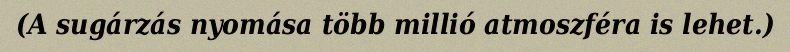
(A sugárzás nyomása több millió atmoszféra is lehet.)